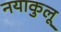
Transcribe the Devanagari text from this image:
नयाकुलू